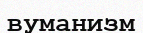
вуманизм